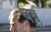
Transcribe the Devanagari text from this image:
बब्ल